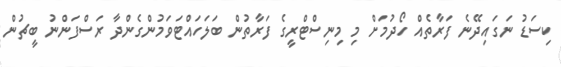
ކިސަޑު ނަގައިދޭނެ ފަރާތެއް ހޯދުމަށް މި މިނިސްޓްރީގެ ފަރާތުން ބަލަހައްޓަވަމުންގެންދާ ރަސްފަންނު ބީޗުން